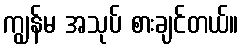
ကျွန်မ အသုပ် စားချင်တယ်။